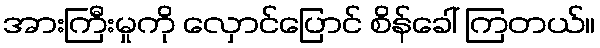
အားကြီးမှုကို လှောင်ပြောင် စိန်ခေါ် ကြတယ်။